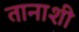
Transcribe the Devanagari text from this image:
तानाशी